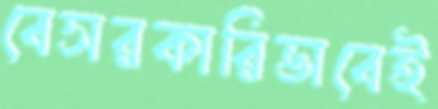
বেসরকারিভাবেই